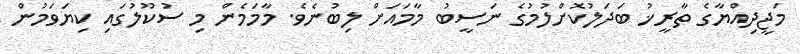
މަޖީދިއްޔާގެ ތާރީޚު ބަދަލުކޮށްލުމުގެ ނަސީބު މާމައަށް ލިބުނެވެ. މާމަމެން މި ސުކޫލުގައި ކިޔަވަމުން